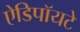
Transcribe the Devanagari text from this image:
ऐडिपॉयटे